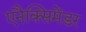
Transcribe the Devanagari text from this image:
एनैक्सिमेंडर